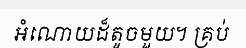
អំណោយដ៏តូចមួយ។ គ្រប់